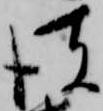
彼